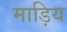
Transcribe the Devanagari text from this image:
माड़िय